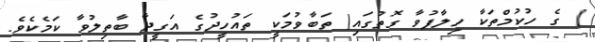
) ގެ ހުކުމްތަކާ ހިލާފުވާ ގޮތުގައި( ތަބާވުމަކީ ތައުހީދުގެ އަގީދާ ބާތިލުވާ ކަމެކެވެ.